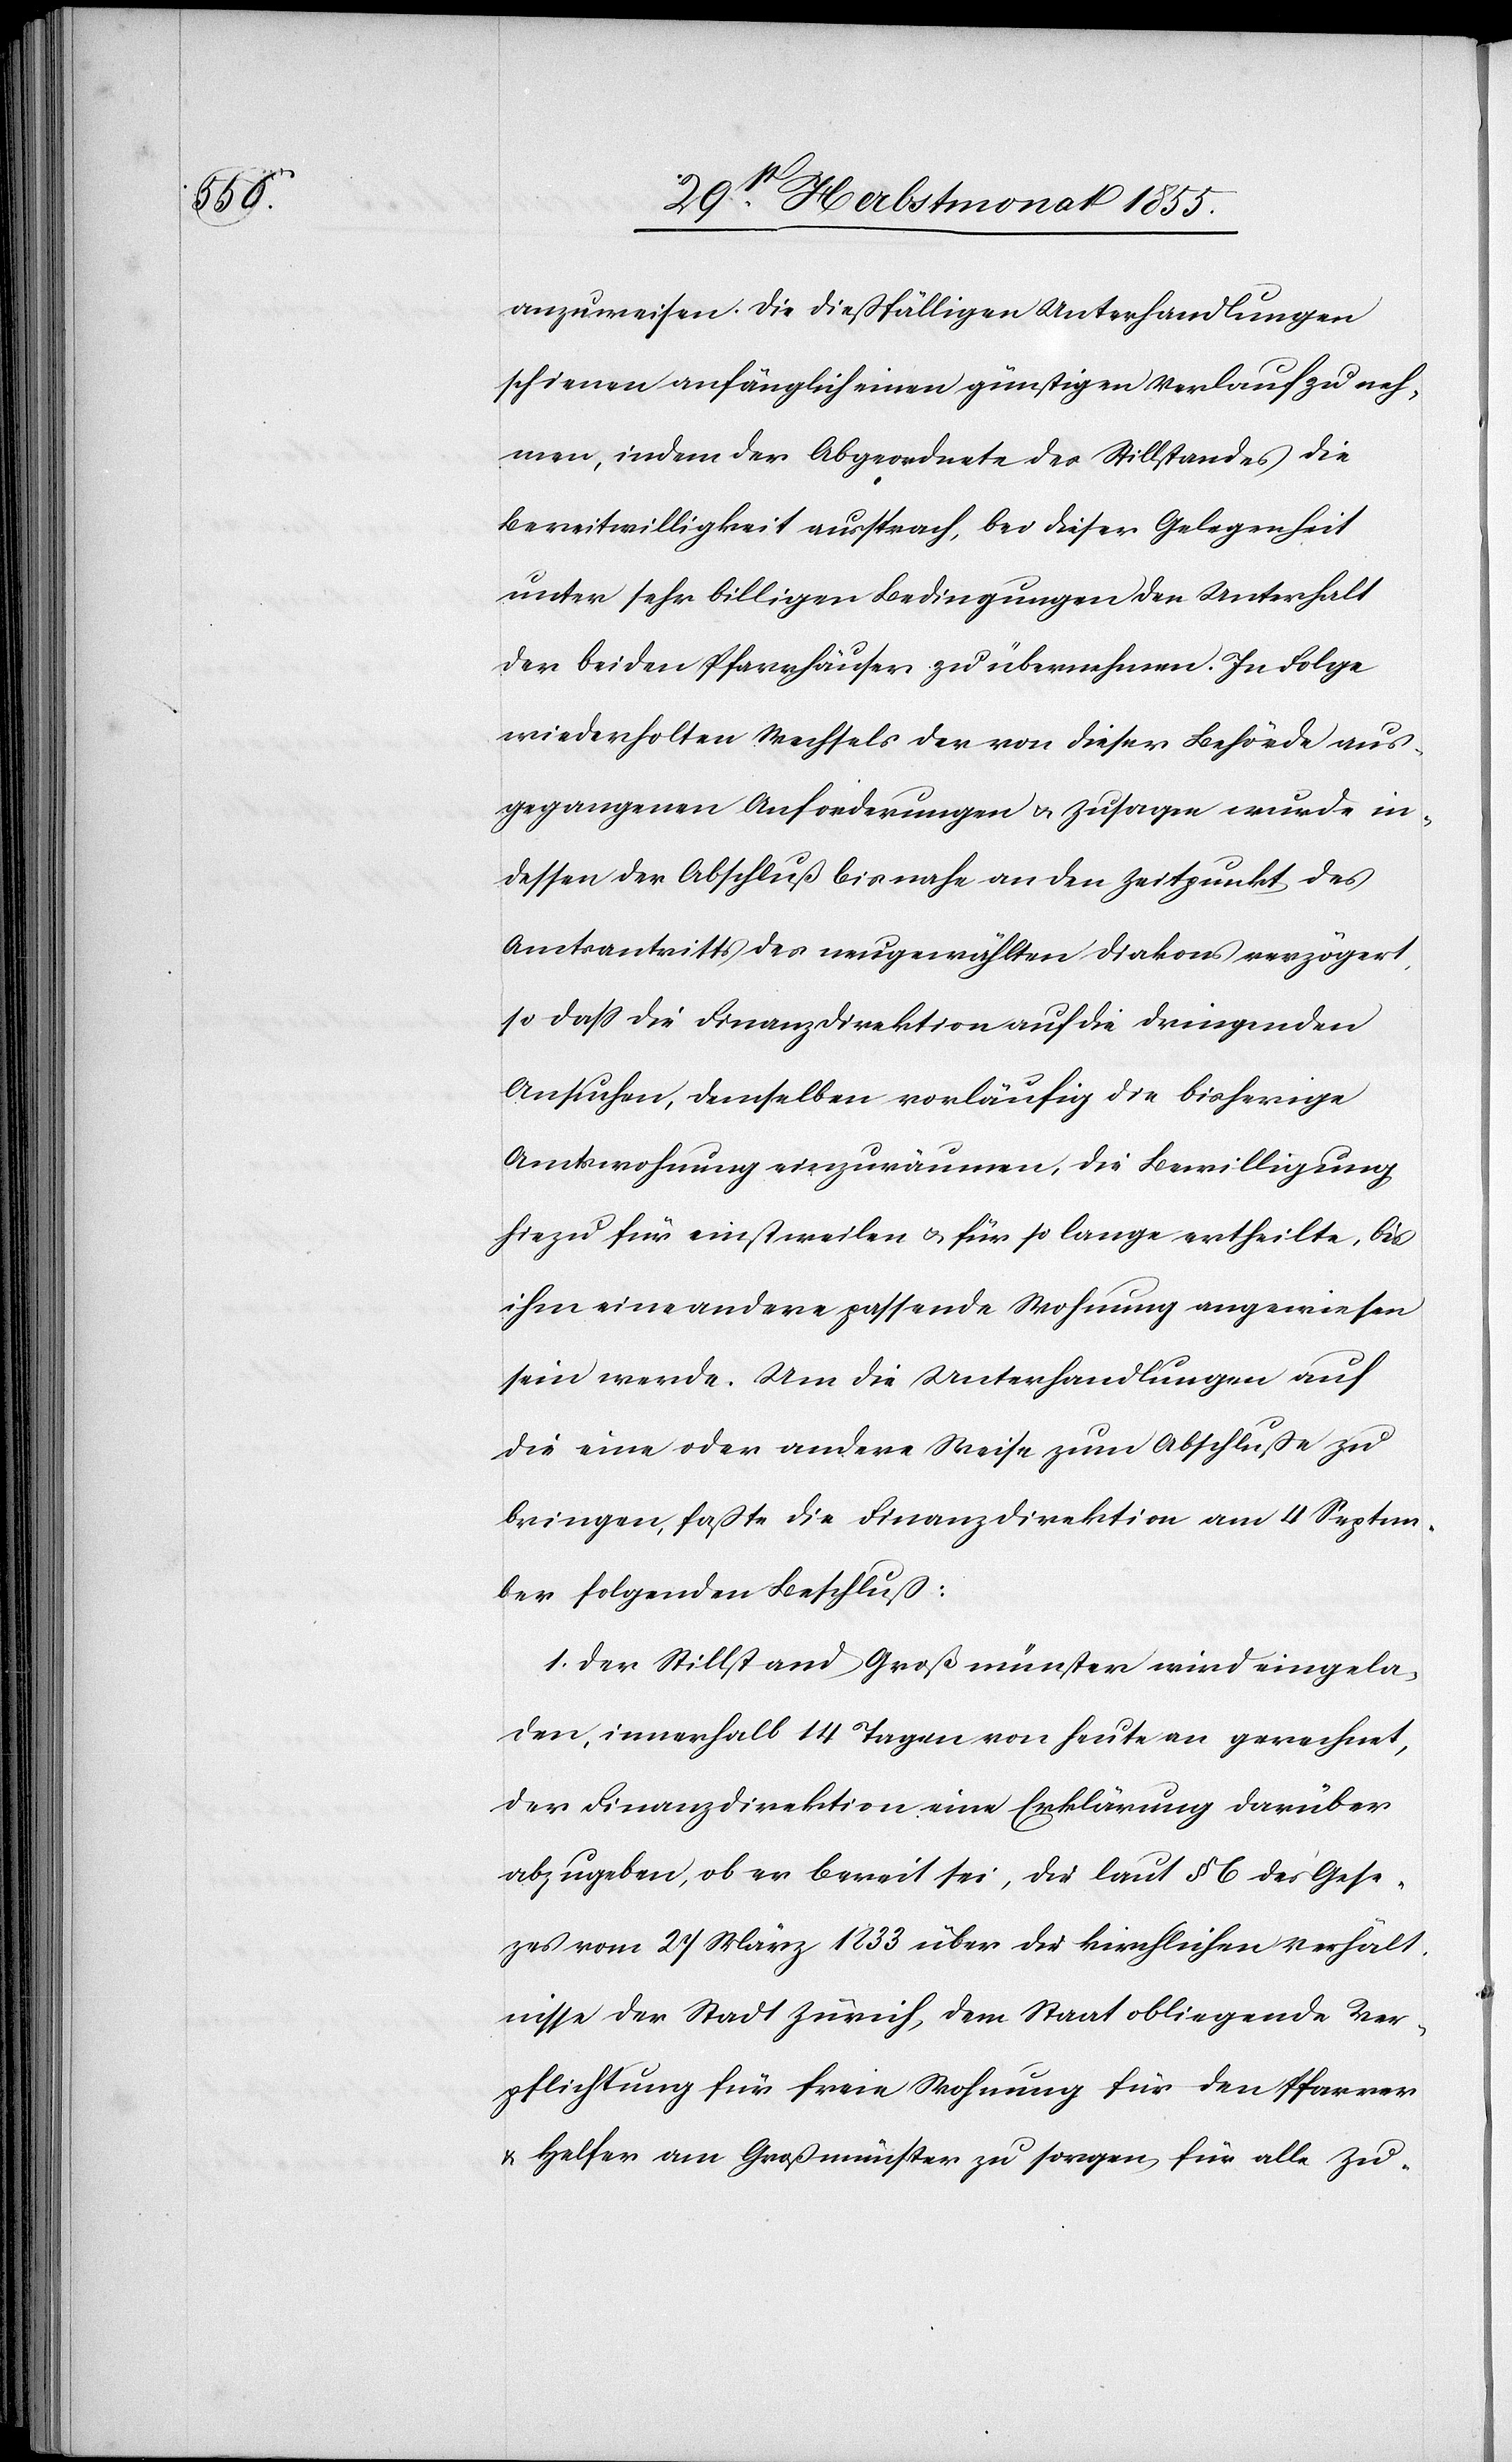
anzuweisen. Die dießfälligen Unterhandlungen
schienen anfänglich einen günstigen Verlauf zu neh¬
men, indem der Abgeordnete des Stillstandes die
Bereitwilligkeit aussprach, bei dieser Gelegenheit
unter sehr billigen Bedingungen den Unterhalt
der beiden Pfarrhäuser zu übernehmen. In Folge
wiederholten Wechsels der von dieser Behörde aus¬
gegangenen Anforderungen & Zusagen wurde in¬
dessen der Abschluß bis nahe an den Zeitpunkt des
Amtsantritts des neugewählten Diakons verzögert,
so dass die Finanzdirektion auf die dringenden
Ansuchen, demselben vorläufig die bisherige
Amtswohnung einzuräumen, die Bewilligung
hiezu für einstweilen & für so lange ertheilte, bis
ihm eine andere passende Wohnung angewiesen
sein werde. Um die Unterhandlungen auf
die eine oder andere Weise zum Abschluße zu
bringen, faßte die Finanzdirektion am 4 Septem¬
ber folgenden Beschluß:
1. Der Stillstand Großmünster wird eingela¬
den, innerhalb 14 Tagen von heute an gerechnet,
der Finanzdirektion eine Erklärung darüber
abzugeben, ob er bereit sei, die laut § 6 des Gese[t]z¬
es vom 27 März 1833 über die kirchlichen Verhält¬
nisse der Stadt Zürich, dem Staat obliegende Ver¬
pflichtung für freie Wohnung für den Pfarrer
& Helfer am Großmünster zu sorgen, für alle Zu-